Leaving Certificate Examination, 1909
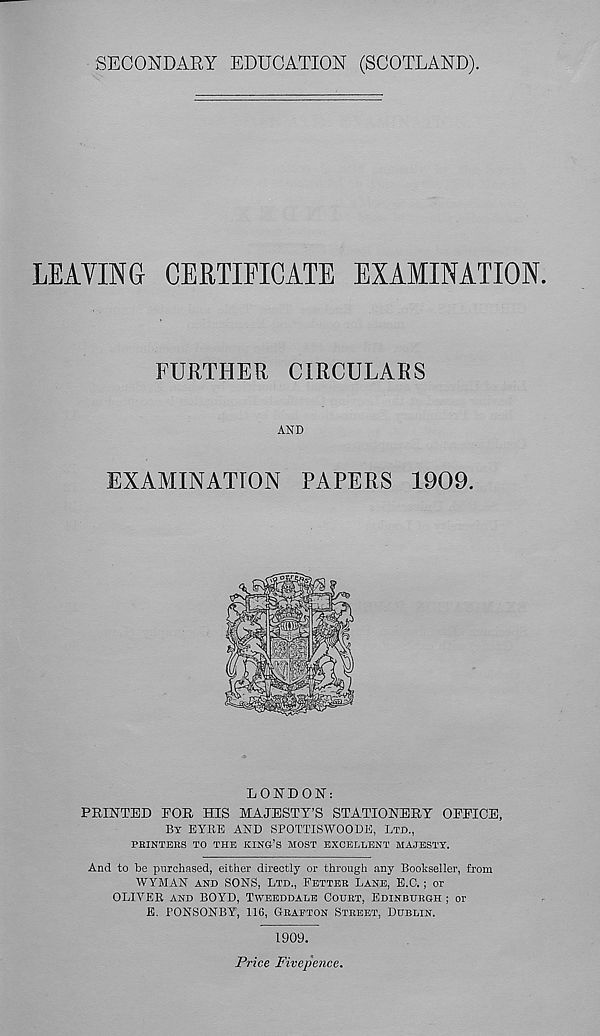
SECONDARY EDUCATION (SCOTLAND).
LEAVING CERTIFICATE EXAMINATION
FURTHER CIRCULARS
AND
EXAMINATION PAPERS 1909.
LONDON:
FEINTED FOE HIS MAJESTY’S STATIONEEY OFFICE,
BY EYRE AND SPOTTISWOODE, LTD.,
PBINTERS TO THE ICING’S MOST EXCELLENT MAJESTY.
And to be purchased, either directly or through any Bookseller, from
WYMAN AND SONS, LTD., FETTER LANE, E.C.; or
OLIVER AND BOYD, TWEEDDALE COURT, EDINBURGH ; or
E. FONSONBY, 116, GRAFTON STREET, DUBLIN.
1909.
Price Fivepence.